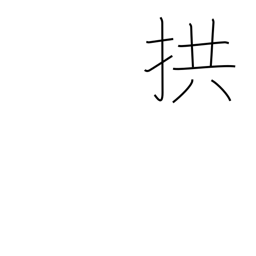
Meaning: fold arms